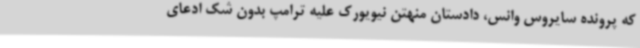
که پرونده سایروس وانس، دادستان منهتن نیویورک علیه ترامپ بدون شک ادعای